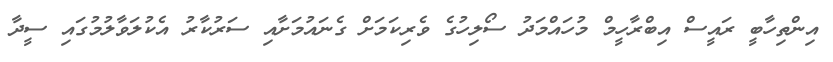
އިންތިހާބީ ރައީސް އިބްރާހީމް މުހައްމަދު ސޯލިހުގެ ވެރިކަމަށް ގެނައުމަށާއި ސަރުކާރު އެކުލަވާލުމުގައި ސީދާ